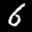
Label: 6